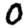
Digit: 0